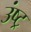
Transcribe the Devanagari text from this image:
उंष्ट्र